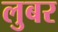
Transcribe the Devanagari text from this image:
लुबर